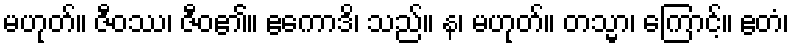
မဟုတ်။ ဇီဝဿ၊ ဇီဝ၏။ ဧကောဒိ၊ သည်။ န၊ မဟုတ်။ တသ္မာ၊ ကြောင့်။ ဧတံ၊